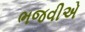
ભજવીએ